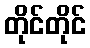
တိုင်တိုင်